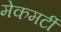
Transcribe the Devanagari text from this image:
मेकमर्टी